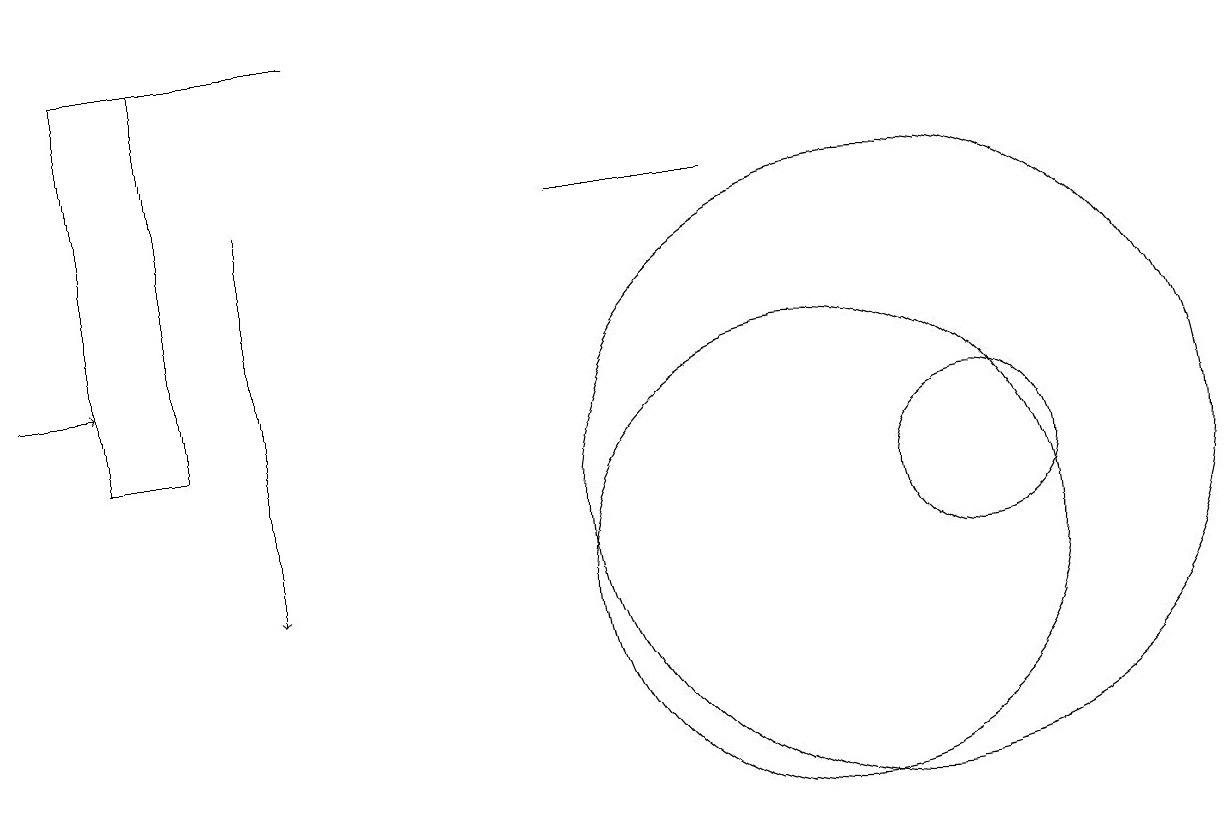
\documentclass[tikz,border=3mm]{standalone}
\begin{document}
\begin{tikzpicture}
\draw[->] (3,15) -- (3,10);
\draw (10,10) circle (3);
\draw (1,17) rectangle (2,12);
\draw (12,11) circle (1);
\draw[->] (0,13) -- (1,13);
\draw (11,11) circle (4);
\draw (9,15) rectangle (7,15);
\draw (4,17) rectangle (2,17);
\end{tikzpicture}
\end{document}